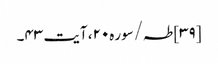
[۳۹] طہ/سوره۲۰، آیت ۴۳۔